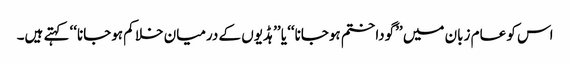
اس کو عام زبان میں ’’گودا ختم ہوجانا‘‘ یا ’’ہڈیوں کے درمیان خلا کم ہوجانا‘‘ کہتے ہیں۔